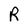
Character: R